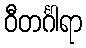
ဝီတင်္ဂါရာ